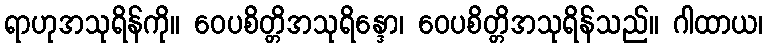
ရာဟုအသုရိန်ကို။ ဝေပစိတ္တိအသုရိန္ဒော၊ ဝေပစိတ္တိအသုရိန်သည်။ ဂါထာယ၊